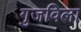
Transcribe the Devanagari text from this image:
गुजविला